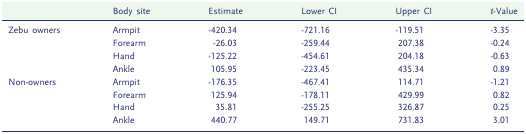
<table><thead><tr><td></td><td><b>Body site</b></td><td><b>Estimate</b></td><td><b>Lower CI</b></td><td><b>Upper CI</b></td><td><b><i>t</i>-Value</b></td></tr></thead><tbody><tr><td rowspan="4">Zebu owners</td><td>Armpit</td><td>-420.34</td><td>-721.16</td><td>-119.51</td><td>-3.35</td></tr><tr><td>Forearm</td><td>-26.03</td><td>-259.44</td><td>207.38</td><td>-0.24</td></tr><tr><td>Hand</td><td>-125.22</td><td>-454.61</td><td>204.18</td><td>-0.63</td></tr><tr><td>Ankle</td><td>105.95</td><td>-223.45</td><td>435.34</td><td>0.89</td></tr><tr><td rowspan="4">Non-owners</td><td>Armpit</td><td>-176.35</td><td>-467.41</td><td>114.71</td><td>-1.21</td></tr><tr><td>Forearm</td><td>125.94</td><td>-178.11</td><td>429.99</td><td>0.82</td></tr><tr><td>Hand</td><td>35.81</td><td>-255.25</td><td>326.87</td><td>0.25</td></tr><tr><td>Ankle</td><td>440.77</td><td>149.71</td><td>731.83</td><td>3.01</td></tr></tbody></table>